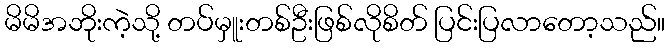
မိမိအဘိုးကဲ့သို့ တပ်မှူးတစ်ဦးဖြစ်လိုစိတ် ပြင်းပြလာတော့သည်။